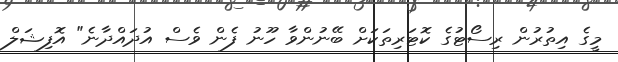
މީގެ އިތުރުން ރިސޯޓުގެ ކޮޓަރިތަކަށް ބޭނުންވާ ހޫނު ފެން ވެސް އުދައްދާނެ" އޮފިޝަލް